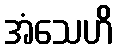
အံသေဟိ